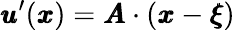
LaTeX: {\pmb u}^{\prime}({\pmb x})={\pmb A}\cdot({\pmb x}-{\pmb\xi})